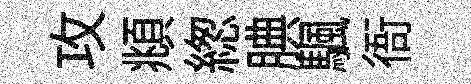
攻頫緫腆颿衙